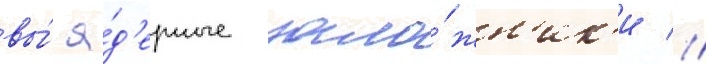
вы́ я́д'ерные зало́жн'ик'и //